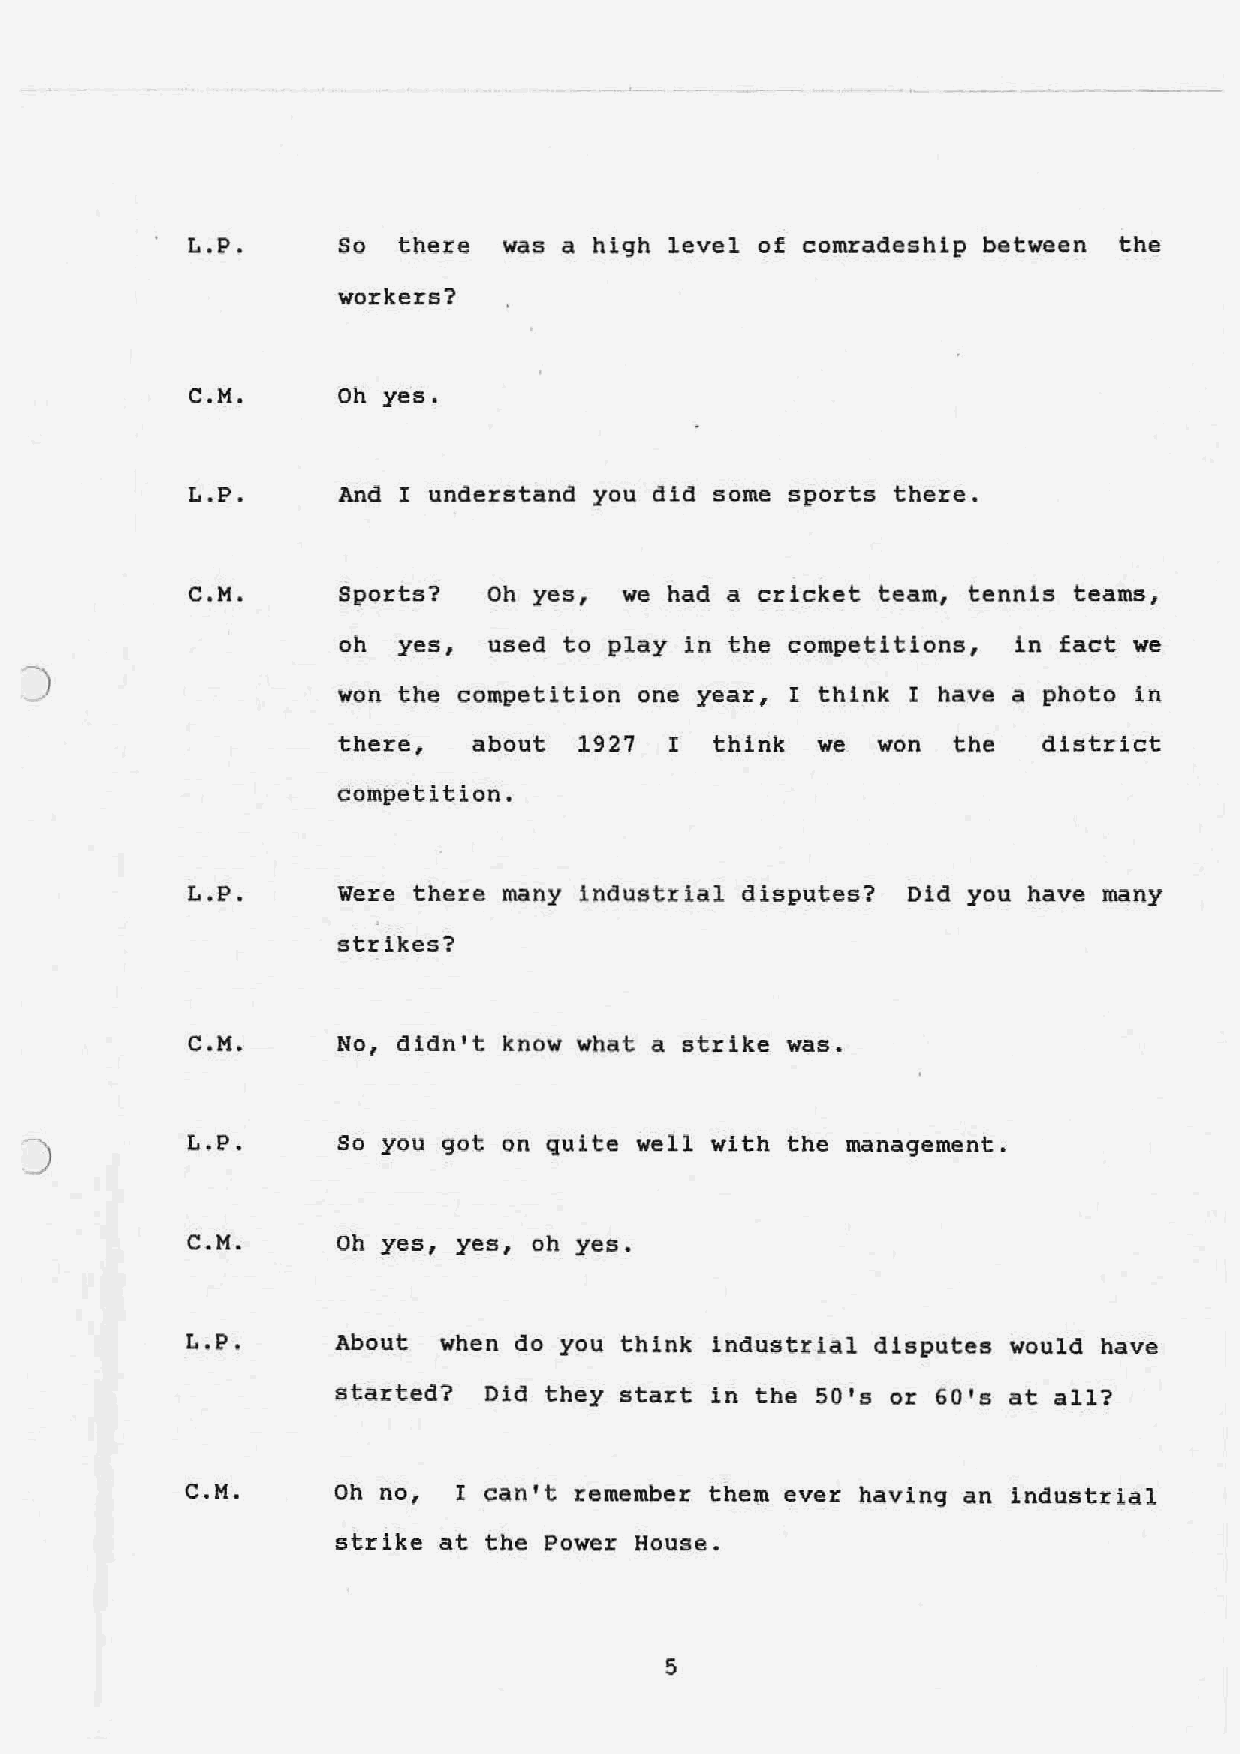
L.P.      So there  was a high level of comradeship between  the
 workers?
 C.M.     Oh yes.
 L.P.      And I understand you did some sports there.
 C.M.      Sports?  Oh yes,  we had a cricket team, tennis teams,
 oh yes,  used to play in the competitions,  in fact we
 J
 won the competition one year, I think I have a photo in
 there,   about  1927  I  think  we  won  the   district
 competition.
 L.P.     Were there many industrial disputes?  Did you have many
 strikes?
 C.M.     No, didn't know what a strike was.
 J          L.P.     So you got on quite well with the management .
 C.M.      Oh yes, yes, oh yes.
 L.P.      About  when do you think industrial disputes would have
 started?  Did they start in the 50's or 60 1s at all?
 C.M.      Oh no,  I can't remember them ever having an industrial
 strike at the Power House.
 5